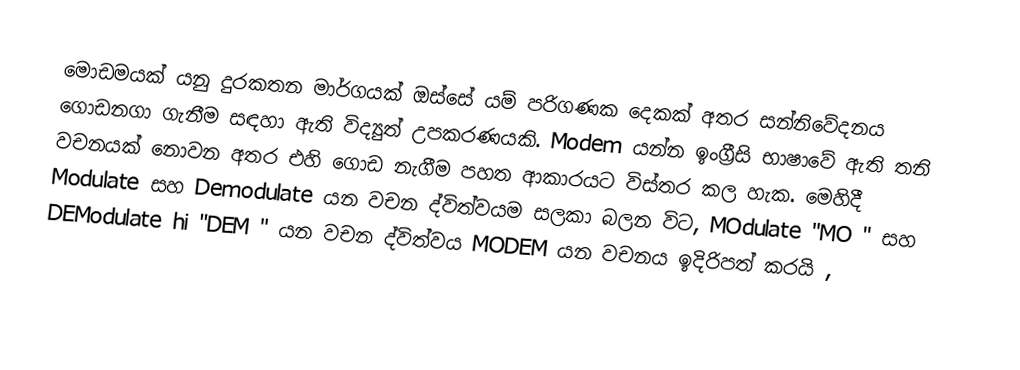
මොඩමයක් යනු දුරකතන මාර්ගයක් ඔස්සේ යම් පරිගණක දෙකක් අතර සන්නිවේදනය ගොඩනගා ගැනීම සඳහා ඇති විද්‍යුත් උපකරණයකි. Modem යන්න ඉංග්‍රීසි භාෂාවේ ඇති තනි වචනයක් නොවන අතර එහි ගොඩ නැගීම පහත ආකාරයට විස්තර කල හැක. මෙහිදී Modulate  සහ Demodulate යන වචන ද්විත්වයම සලකා බලන විට, MOdulate  "MO " සහ DEModulate hi  "DEM " යන වචන ද්විත්වය MODEM  යන වචනය ඉදිරිපත් කරයි ,